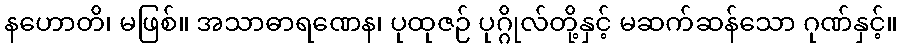
နဟောတိ၊ မဖြစ်။ အသာဓာရဏေန၊ ပုထုဇဉ် ပုဂ္ဂိုလ်တို့နှင့် မဆက်ဆန်သော ဂုဏ်နှင့်။